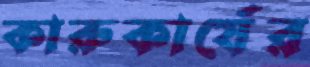
কারুকার্যের